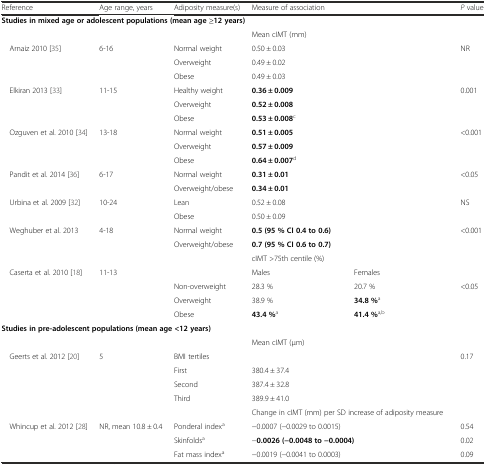
<table><thead><tr><td><b>Reference</b></td><td><b>Age range, years</b></td><td><b>Adiposity measure(s)</b></td><td colspan="2"><b>Measure of association</b></td><td><b><i>P</i> value</b></td></tr></thead><tbody><tr><td colspan="6"><b>Studies in mixed age or adolescent populations (mean age ≥12 years)</b></td></tr><tr><td></td><td></td><td></td><td colspan="2">Mean cIMT (mm)</td><td></td></tr><tr><td rowspan="3"> Arnaiz 2010 [35]</td><td rowspan="3">6-16</td><td>Normal weight</td><td colspan="2">0.50 ± 0.03</td><td>NR</td></tr><tr><td>Overweight</td><td colspan="2">0.49 ± 0.02</td><td rowspan="2"></td></tr><tr><td>Obese</td><td colspan="2">0.49 ± 0.03</td></tr><tr><td rowspan="3"> Elkiran 2013 [33]</td><td rowspan="3">11-15</td><td>Healthy weight</td><td colspan="2"><b>0.36 ± 0.009</b></td><td>0.001</td></tr><tr><td>Overweight</td><td colspan="2"><b>0.52 ± 0.008</b></td><td rowspan="2"></td></tr><tr><td>Obese</td><td colspan="2"><b>0.53 ± 0.008</b><sup>c</sup></td></tr><tr><td rowspan="3"> Ozguven et al. 2010 [34]</td><td rowspan="3">13-18</td><td>Normal weight</td><td colspan="2"><b>0.51 ± 0.005</b></td><td>&lt;0.001</td></tr><tr><td>Overweight</td><td colspan="2"><b>0.57 ± 0.009</b></td><td rowspan="2"></td></tr><tr><td>Obese</td><td colspan="2"><b>0.64 ± 0.007</b><sup>d</sup></td></tr><tr><td rowspan="2"> Pandit et al. 2014 [36]</td><td rowspan="2">6-17</td><td>Normal weight</td><td colspan="2"><b>0.31 ± 0.01</b></td><td>&lt;0.05</td></tr><tr><td>Overweight/obese</td><td colspan="2"><b>0.34 ± 0.01</b></td><td></td></tr><tr><td rowspan="2"> Urbina et al. 2009 [32]</td><td rowspan="2">10-24</td><td>Lean</td><td colspan="2">0.52 ± 0.08</td><td>NS</td></tr><tr><td>Obese</td><td colspan="2">0.50 ± 0.09</td><td></td></tr><tr><td rowspan="2"> Weghuber et al. 2013</td><td rowspan="2">4-18</td><td>Normal weight</td><td colspan="2"><b>0.5 (95 % CI 0.4 to 0.6)</b></td><td>&lt;0.001</td></tr><tr><td>Overweight/obese</td><td colspan="2"><b>0.7 (95 % CI 0.6 to 0.7)</b></td><td></td></tr><tr><td></td><td></td><td></td><td colspan="2">cIMT &gt;75th centile (%)</td><td></td></tr><tr><td rowspan="4"> Caserta et al. 2010 [18]</td><td rowspan="4">11-13</td><td></td><td>Males</td><td>Females</td><td></td></tr><tr><td>Non-overweight</td><td>28.3 %</td><td>20.7 %</td><td>&lt;0.05</td></tr><tr><td>Overweight</td><td>38.9 %</td><td><b>34.8 %</b><sup>a</sup></td><td rowspan="2"></td></tr><tr><td>Obese</td><td><b>43.4 %</b><sup>a</sup></td><td><b>41.4 %</b><sup>a,b</sup></td></tr><tr><td colspan="6"><b>Studies in pre-adolescent populations (mean age &lt;12 years)</b></td></tr><tr><td></td><td></td><td></td><td colspan="2">Mean cIMT (μm)</td><td></td></tr><tr><td rowspan="4"> Geerts et al. 2012 [20]</td><td rowspan="4">5</td><td>BMI tertiles</td><td colspan="2"></td><td>0.17</td></tr><tr><td>First</td><td colspan="2">380.4 ± 37.4</td><td rowspan="3"></td></tr><tr><td>Second</td><td colspan="2">387.4 ± 32.8</td></tr><tr><td>Third</td><td colspan="2">389.9 ± 41.0</td></tr><tr><td></td><td></td><td></td><td colspan="2">Change in cIMT (mm) per SD increase of adiposity measure</td><td></td></tr><tr><td rowspan="3"> Whincup et al. 2012 [28]</td><td rowspan="3">NR, mean 10.8 ± 0.4</td><td>Ponderal index<sup>a</sup></td><td colspan="2">−0.0007 (−0.0029 to 0.0015)</td><td>0.54</td></tr><tr><td>Skinfolds<sup>a</sup></td><td colspan="2">−<b>0.0026 (−0.0048 to −0.0004)</b></td><td>0.02</td></tr><tr><td>Fat mass index<sup>a</sup></td><td colspan="2">−0.0019 (−0.0041 to 0.0003)</td><td>0.09</td></tr></tbody></table>